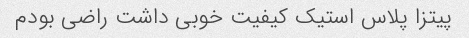
پیتزا پلاس استیک کیفیت خوبی داشت راضی بودم